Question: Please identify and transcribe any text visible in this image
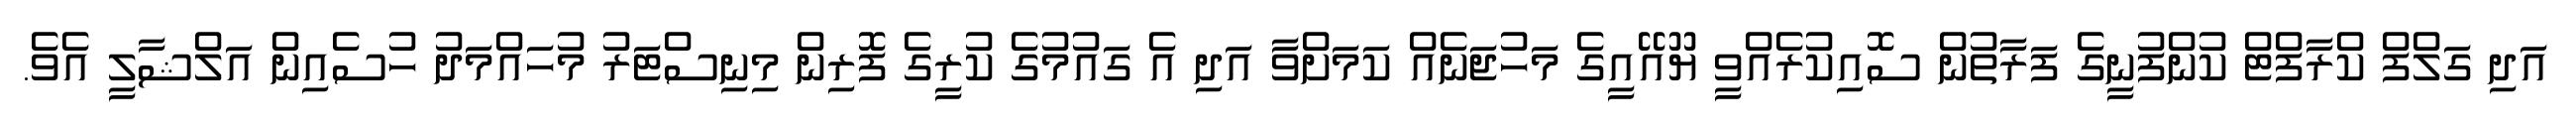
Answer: އަދި ގަލްފް ކްރާފްޓް ކުންފުނީގެ ފަރާތުން ސޮއިކުރެއްވީ ޔޫއޭއީގެ މަހުޖަނެއް ކަމަށްވާ އަދި އެ ގައުމުގެ ކުރީގެ ފޮރިން މިނިސްޓަރު މުހައްމަދު ހުސެއިން އަލްޝާލީ އެވެ.